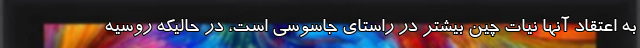
به اعتقاد آنها نیات چین بیشتر در راستای جاسوسی است، در حالیکه روسیه